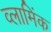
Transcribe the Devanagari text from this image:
व्लामिंक